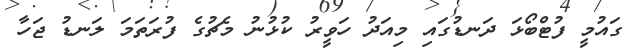
ގައުމީ ފުޓްބޯޅަ ދަނޑުގައި މިއަދު ހަވީރު ކުޅުނު މެޗުގެ ފުރަތަމަ ލަނޑު ޖަހާ